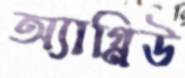
অ্যাগ্নিউ